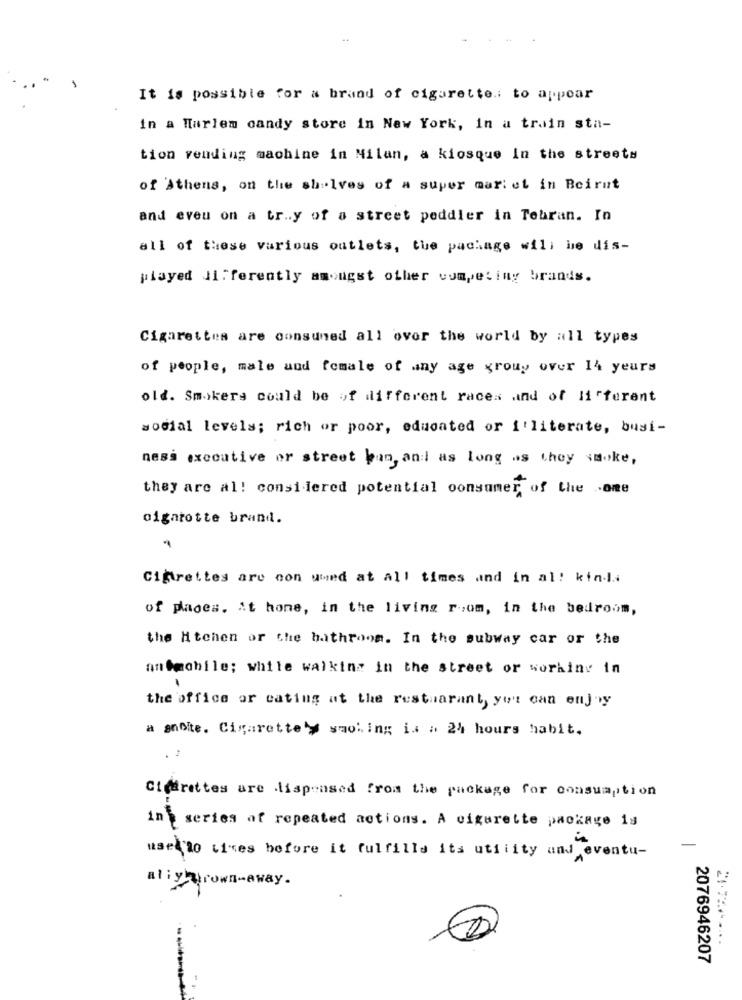
It is possible for a brand of cigarette .: to appear
in a Harlem candy store in New York, In a train sta-
tion vending machine in Milan, a kiosque In the streets
of Athens, on the shelves of a super mariot in Beirut
and even on a tr .. y of a street peddler in Tehran. In
all of these various outlets, tue package will be dis-
played Ji ferently amongst other competing brands.
Cigarettes are consuned all over the world by all types
of people, male and female of any age group over 14 yeurs
old. Smokers could be of different races and of liferent
sosial levels; rich or poor, educated or illiterate, busi-
ness executive or street bun, and as long as they smoke,
they are al! considered potential consumer, of the one
cigarette brand.
Cifirettes are con uwed at all times and in al! kin.l ..
of places. it home, in the living room, in the bedroom,
the Htchen or the bathroom. In the subway car or the
anfæchile; while walking in the street or working in
the office or cating at the restuarant you can enjoy
a snote. Cigarettely smoking is a 24 hours habit.
Cigarettes are dispensed from the package for consumption
in a series of repeated actions. A cigarette package is
-
use to tives before it fulfills its utility and eventu-
ally brown-away.
2076946207
--